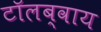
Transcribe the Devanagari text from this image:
टाॅलब्वाय